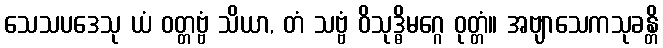
သေသပဒေသု ယံ ဝတ္တဗ္ဗံ သိယာ, တံ သဗ္ဗံ ဝိသုဒ္ဓိမဂ္ဂေ ဝုတ္တံ။ အဗျာသေကသုခန္တိ